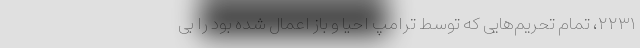
٢٢٣١، تمام تحریم‌هایی که توسط ترامپ احیا و باز اعمال شده بود را بی